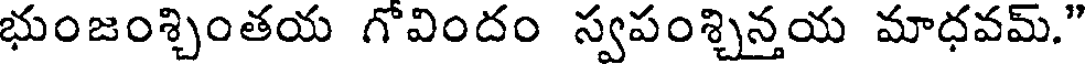
భుంజంశ్చింతయ గోవిందం స్వపంశ్చిన్తయ మాధవమ్."